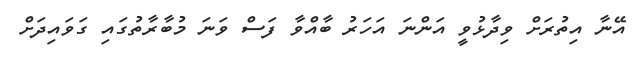
އޭނާ އިތުރަށް ވިދާޅުވީ އަންނަ އަހަރު ބާއްވާ ފަސް ވަނަ މުބާރާތުގައި ގަވައިދަށް